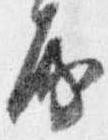
房